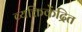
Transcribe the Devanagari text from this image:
व्यक्तिकेंद्रित